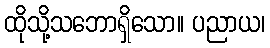
ထိုသို့သဘောရှိသော။ ပညာယ၊